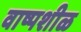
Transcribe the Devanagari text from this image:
वाष्पशीळ